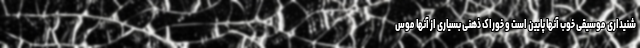
شنیداری موسیقی خوب آنها پایین است و خوراک ذهنی بسیاری از آنها موس